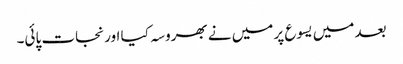
بعد میں یسوع پر میں نے بھروسہ کیا اور نجات پائی۔